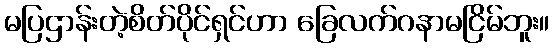
မပြဌာန်းတဲ့စိတ်ပိုင်ရှင်ဟာ ခြေလက်ဂနာမငြိမ်ဘူး။